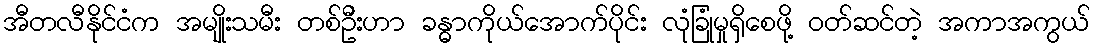
အီတလီနိုင်ငံက အမျိုးသမီး တစ်ဦးဟာ ခန္ဓာကိုယ်အောက်ပိုင်း လုံခြုံမှုရှိစေဖို့ ဝတ်ဆင်တဲ့ အကာအကွယ်